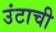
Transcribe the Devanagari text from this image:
उंटाची